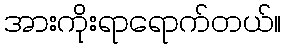
အားကိုးရာရောက်တယ်။